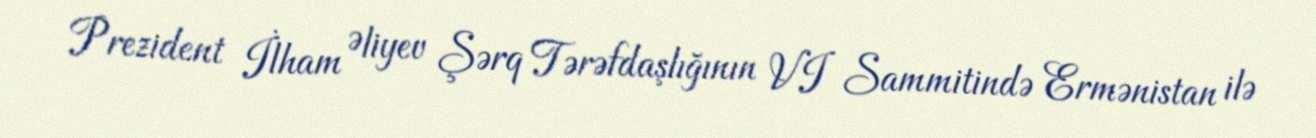
Prezident İlham Əliyev Şərq Tərəfdaşlığının VI Sammitində Ermənistan ilə